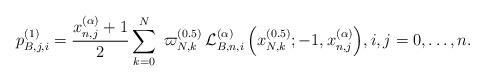
LaTeX: \begin{align*}{p_{B,j,i}^{(1)}} = \frac{{x_{n,j}^{(\alpha )} + 1}}{2}\sum\limits_{k = 0}^N {\;{\varpi _{N,k}^{(0.5)}}\,{\cal L}_{B,n,i}^{(\alpha )}\left( {{x_{N,k}^{(0.5)}}; - 1,x_{n,j}^{(\alpha )}} \right)} ,i,j = 0, \ldots ,n.\end{align*}